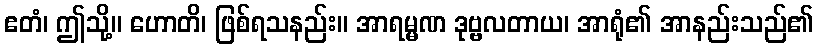
ဧတံ၊ ဤသို့။ ဟောတိ၊ ဖြစ်ရသနည်း။ အာရမ္မဏ ဒုဗ္ဗလတာယ၊ အာရုံ၏ အာနည်းသည်၏